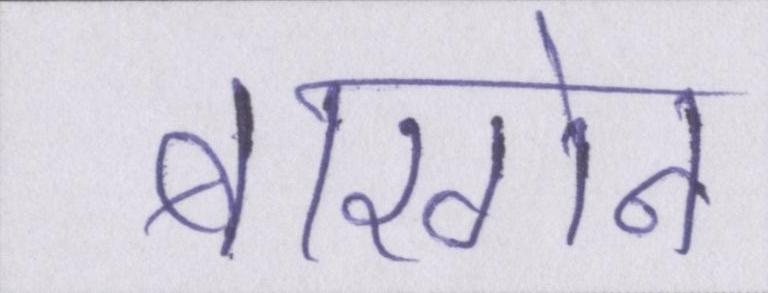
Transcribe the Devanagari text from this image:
बारगेन